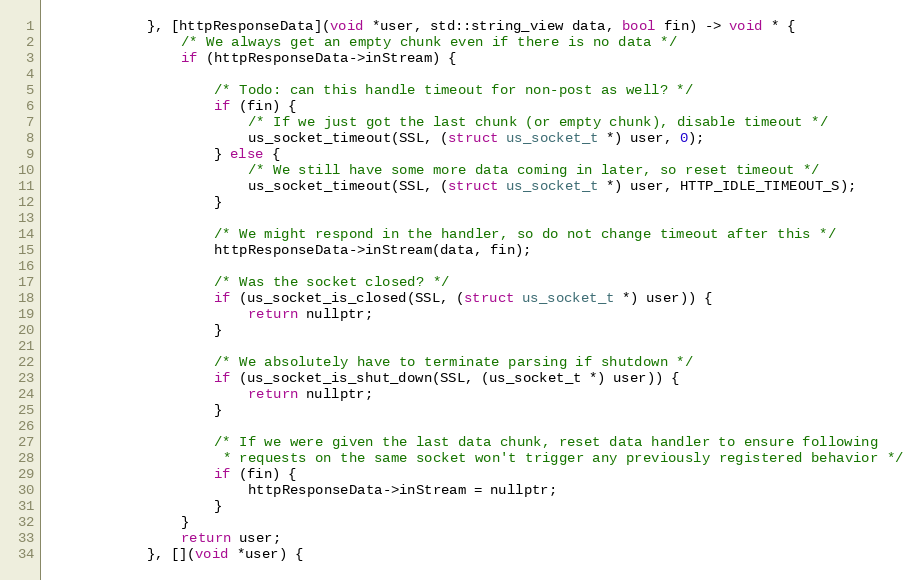
Language: C
            }, [httpResponseData](void *user, std::string_view data, bool fin) -> void * {
                /* We always get an empty chunk even if there is no data */
                if (httpResponseData->inStream) {

                    /* Todo: can this handle timeout for non-post as well? */
                    if (fin) {
                        /* If we just got the last chunk (or empty chunk), disable timeout */
                        us_socket_timeout(SSL, (struct us_socket_t *) user, 0);
                    } else {
                        /* We still have some more data coming in later, so reset timeout */
                        us_socket_timeout(SSL, (struct us_socket_t *) user, HTTP_IDLE_TIMEOUT_S);
                    }

                    /* We might respond in the handler, so do not change timeout after this */
                    httpResponseData->inStream(data, fin);

                    /* Was the socket closed? */
                    if (us_socket_is_closed(SSL, (struct us_socket_t *) user)) {
                        return nullptr;
                    }

                    /* We absolutely have to terminate parsing if shutdown */
                    if (us_socket_is_shut_down(SSL, (us_socket_t *) user)) {
                        return nullptr;
                    }

                    /* If we were given the last data chunk, reset data handler to ensure following
                     * requests on the same socket won't trigger any previously registered behavior */
                    if (fin) {
                        httpResponseData->inStream = nullptr;
                    }
                }
                return user;
            }, [](void *user) {